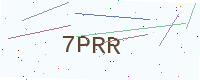
Text: 7PRR